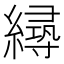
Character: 𦅛